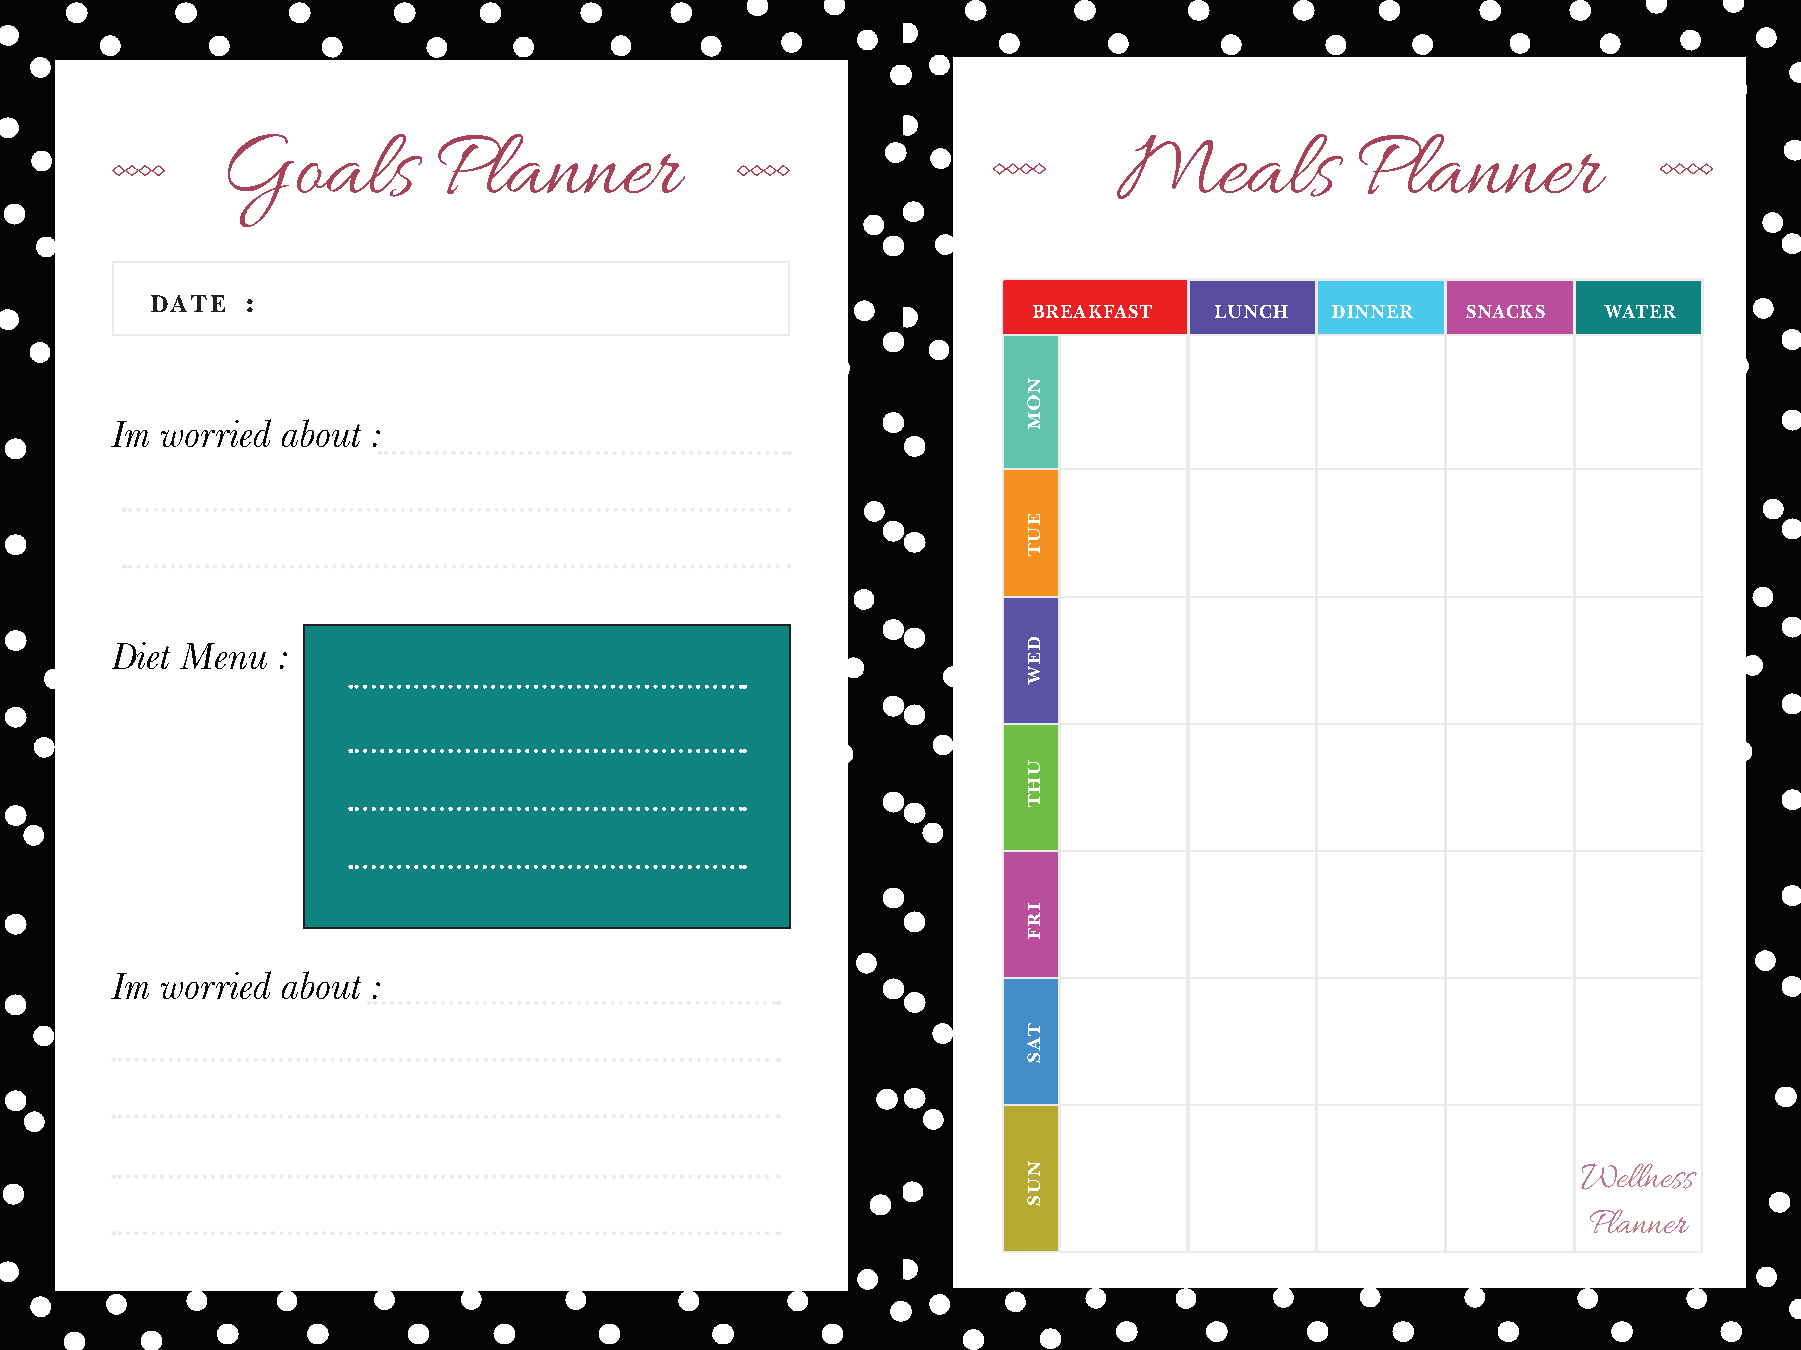
Goals         Planner                                      Meals           Planner
 DATE  :
 BREAKFAST   LUNCH   DINNER   SNACKS   WATER
 Im  worried about :
 Diet Menu  :
 Im  worried about :
 Wellness
 Planner
 NOM
 EUT
 DEW
 UHT
 IRF
 TAS
 NUS